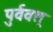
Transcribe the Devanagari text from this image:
पुर्ववत्